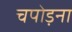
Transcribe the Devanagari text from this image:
चपोड़ना